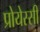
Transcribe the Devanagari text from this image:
प्रोयेस्सी